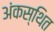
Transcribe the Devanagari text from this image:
अंकस्थित